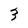
Character: 3